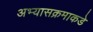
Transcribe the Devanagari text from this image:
अभ्यासक्रमाकडे